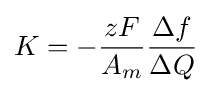
K=-{\frac {zF}{A_{m}}}{\frac {\Delta f}{\Delta Q}}